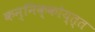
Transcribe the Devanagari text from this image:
कन्निक्कोय्त्त